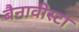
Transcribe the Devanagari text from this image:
बैनावीस्टा